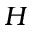
{ \cal H }